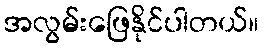
အလွမ်းဖြေနိုင်ပါတယ်။